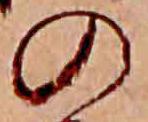
の